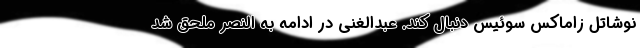
نوشاتل زاماکس سوئیس دنبال کند. عبدالغنی در ادامه به النصر ملحق شد